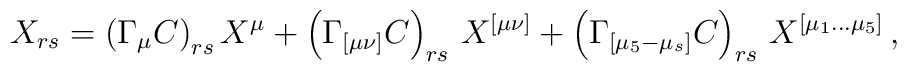
X_{rs} = \left( \Gamma_{\mu} C\right)_{rs}  X^{\mu} + \left( \Gamma_{[\mu\nu]} C\right)_{rs}  \, X^{[\mu\nu]} +  \left( \Gamma_{[\mu_5 - \mu_s]} C\right)_{rs} \, X^{[\mu_1  \ldots \mu_5]}\, ,